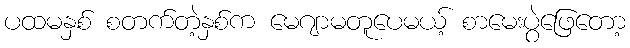
ပထမနှစ် စတက်တဲ့နှစ်က မေဂျာမတူပေမယ့် စာမေးပွဲဖြေတော့